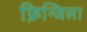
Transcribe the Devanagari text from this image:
फ्रिन्जिला